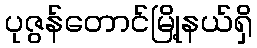
ပုဇွန်တောင်မြို့နယ်ရှိ